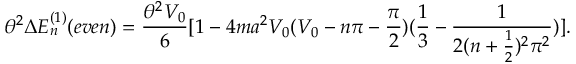
\theta ^ { 2 } \Delta E _ { n } ^ { ( 1 ) } ( e v e n ) = \frac { \theta ^ { 2 } V _ { 0 } } { 6 } [ 1 - 4 m a ^ { 2 } V _ { 0 } ( V _ { 0 } - n \pi - \frac { \pi } { 2 } ) ( \frac { 1 } { 3 } - \frac { 1 } { 2 ( n + \frac { 1 } { 2 } ) ^ { 2 } \pi ^ { 2 } } ) ] .